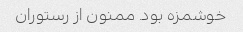
خوشمزه بود. ممنون از رستوران